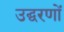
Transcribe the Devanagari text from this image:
उद्घरणों